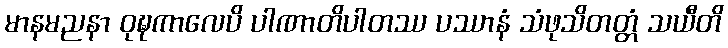
မာနမညနာ ဝုဍ္ဎကာလေပိ ပါဏာတိပါတဿ ပဿာနံ သံဖုသိတတ္တံ သယီတိ